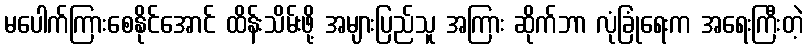
မပေါက်ကြားစေနိုင်အောင် ထိန်းသိမ်းဖို့ အများပြည်သူ အကြား ဆိုက်ဘာ လုံခြုံရေးက အရေးကြီးတဲ့